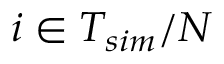
i \in T _ { s i m } / N